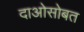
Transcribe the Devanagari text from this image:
दाओसोबत